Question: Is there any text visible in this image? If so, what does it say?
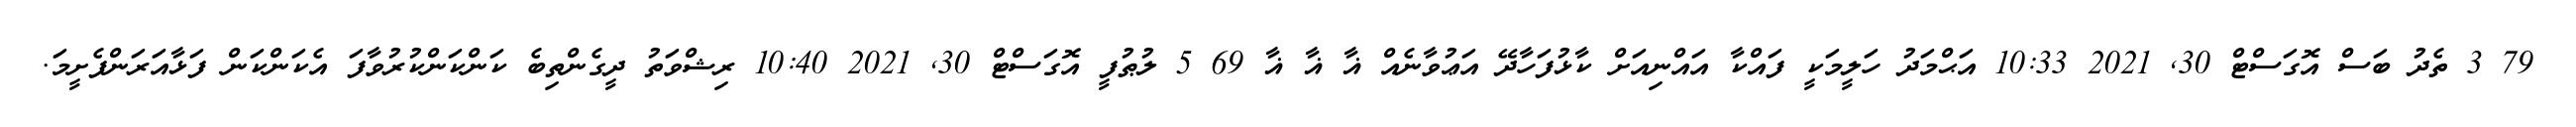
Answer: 79 3 ތެދު ބަސް އޮގަސްޓް 30, 2021 10:33 އަޙްމަދު ހަލީމަކީ ފައްކާ އައްނިއަށް ކާޅުފަހާދޭ އަޢުވާނެއް ޣާ ޣާ ޣާ 69 5 ލުޠުފީ އޮގަސްޓް 30, 2021 10:40 ރިޝްވަތު ދީގެންތިބެ ކަންކަންކުރުވާފަ އެކަންކަން ފަޅާއަރަންފެށީމަ.